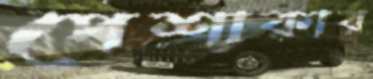
পেশাকার